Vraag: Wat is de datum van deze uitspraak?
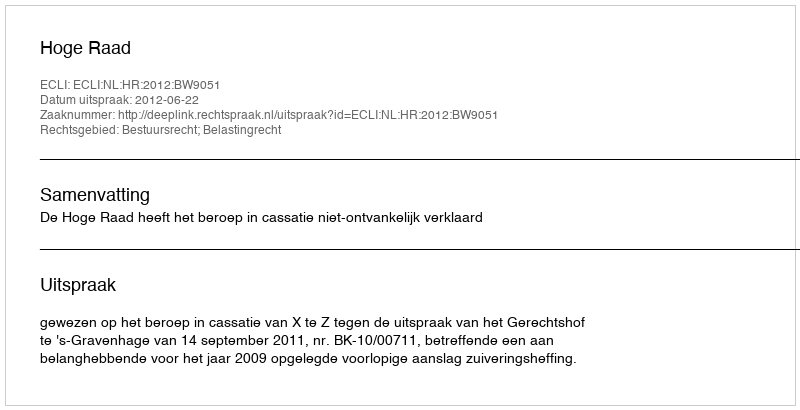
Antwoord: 2012-06-22